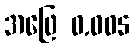
အဖြေ 0.005